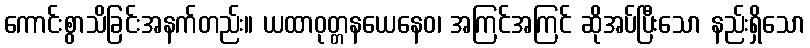
ကောင်းစွာသိခြင်းအနက်တည်း။ ယထာဝုတ္တနယေနေဝ၊ အကြင်အကြင် ဆိုအပ်ပြီးသော နည်းရှိသော